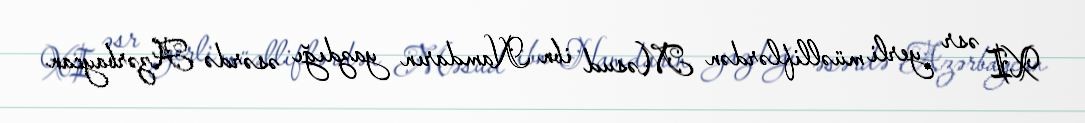
XI əsr yerli müəlliflərdən Məsud ibn Namdarın yazdığı əsərdə Azərbaycan